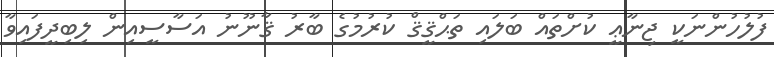
ފުލުހުންނަކީ ޖިނާޢީ ކުށްތައް ބަލައި ތަޙްޤީޤް ކުރުމުގެ ބާރު ޤާނޫނު އަސާސީއިން ލިބިދީފައިވާ